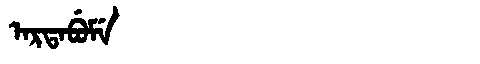
Manchu: ᠠᡵᡨᠠᠪᡠᠮᡝ
Romanization: ARTABUME